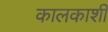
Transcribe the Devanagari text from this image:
कालकाशी